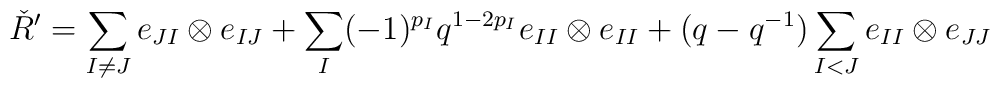
\check{R}^{\prime}=\sum_{I\neq J}e_{JI}\otimes e_{IJ}+\sum_{I}(-1)^{p_{I}}q^{1-2p_{I}}e_{II}\otimes e_{II}+(q-q^{-1})\sum_{I<J}e_{II}\otimes e_{JJ}